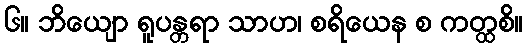
၆။ ဘိယျော ရူပန္တရာ သာဟ၊ စရိယေန စ ကတ္ထစိ။